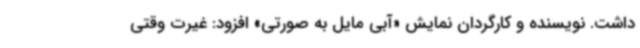
داشت. نویسنده و کارگردان نمایش «آبی مایل به صورتی» افزود: غیرت وقتی